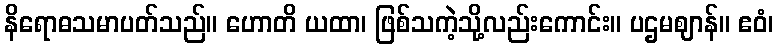
နိရောဓသမာပတ်သည်။ ဟောတိ ယထာ၊ ဖြစ်သကဲ့သို့လည်းကောင်း။ ပဌမဈာန်။ ဧဝံ၊